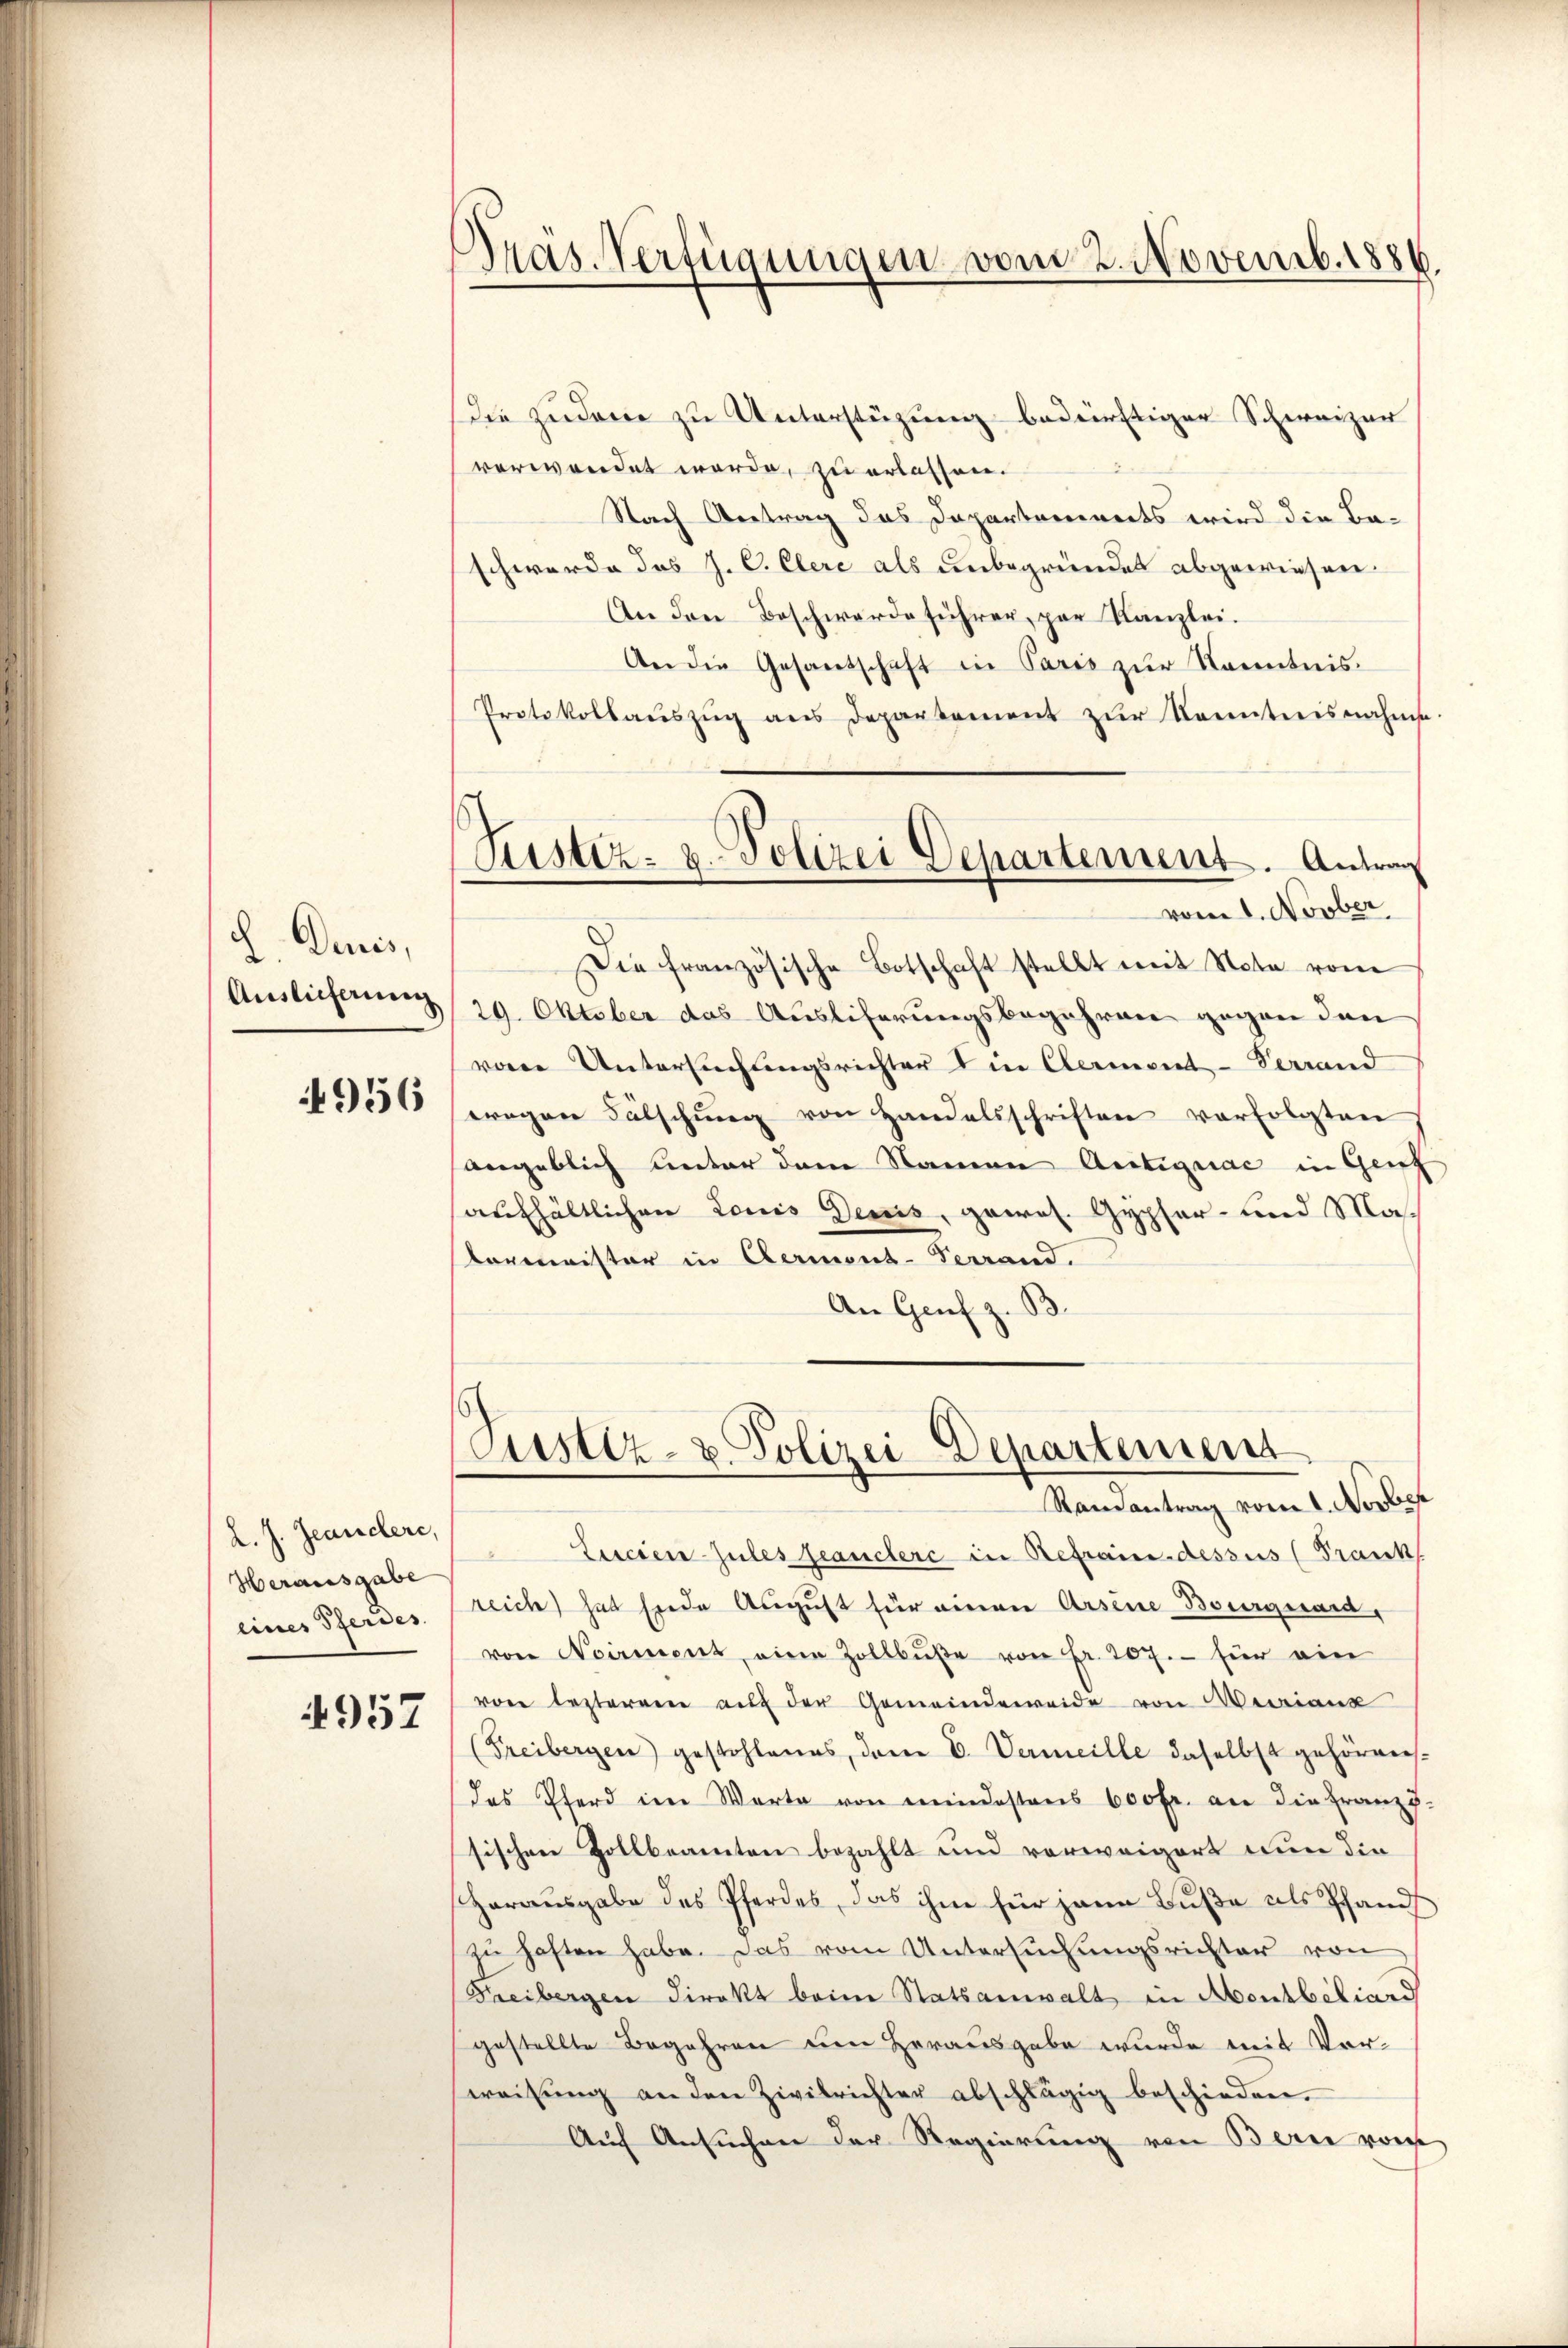
Duis,
2
Auslieferung

4956

L. J. Jeandere,
Herausgabe
eines Pferdes

957

Pras. Verfügungen vom 2. Novemb. 1886.

die zudem zu Unterstüzung bedürftiger Schweizer
verwendet werde, zu erlassen.
Nach Antrag das Dapartennerts wird die Ba-
schwerde das J. C. Clere als unbegründet abgewiesen.
An den Beschwerde führer, par Kanzlei.
An die Gesantschaft in Paris zur Kenntnis.
Protokollaŭszŭg ans Departement zŭr Kenntnisnahme.
Die französische Botschaft stellt mit Nota vom
29. Oktober das Ausliferungsbegehren gegen den
von Untersuchungsrichter in Clermont-Verrand
wegen Fälschung von Handelsschriften vorfolgten
angeblich unter dem Namen Antiquac in Genf
aufhältlichen Louis Dems, gewes. Gypfer- und Materminister in Aermond-Terrand.
An Genf z. B.

Justiz- u. Polizei Departement. Antra
vom 1. Novber

Justiz- & Polizei Departement
Randantrag vom 1. Novber

Lucien-Zules franchere in Refrain-dessus (Frank
reich hat siede August für einen Arsene Bourguard,
von Noirment, eine Zollbŭβe von Fr. 207. - für ein
von besterren aŭf der Gemeindeweide von Meriant
(Freibergen) gestohlenes, dem C. Vermeille daselbst gehörensdas Pferd im Warte von mindestens 600 fr. an die Franzö-
sischen Zollbeamten bezahlt und verweigert nun die
Harausgabe des Pferdes, das ihm für jene Buße als Pfands
zu haften habe. Das vom Untersuchungsrichter von
Treibergen direkt beim Statsanwalt in Montbiliard
gestellte Begehren um Herausgabe wurde mit Vorweisŭng an den Zivilrichter abschlägig beschieden.
Auf Ansuchen der Regierung von Bern vom